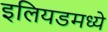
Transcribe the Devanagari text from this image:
इलियडमध्ये